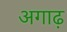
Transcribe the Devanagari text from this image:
अगाढ़